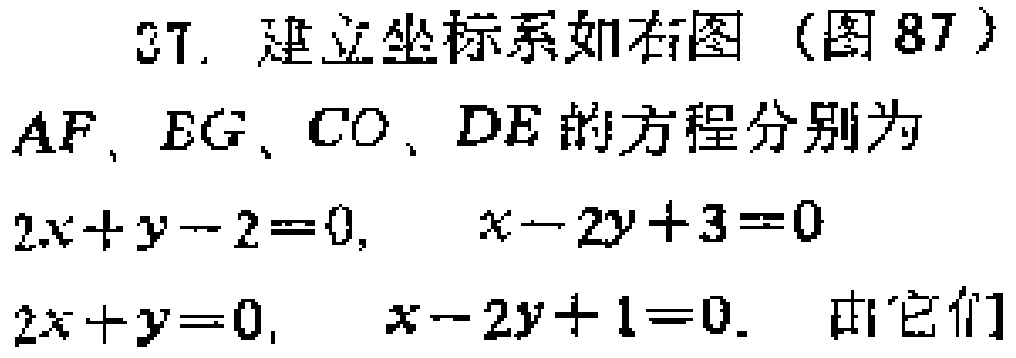
37. 建立坐标系如右图（图 87）
$AF$、$EG$、$CO$、$DE$ 的方程分别为
$2x + y - 2 = 0$, $x - 2y + 3 = 0$
$2x + y = 0$, $x - 2y + 1 = 0$. 由它们